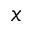
x